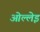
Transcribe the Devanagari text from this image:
ओल्लेइ